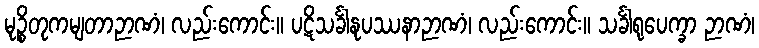
မုဉ္စိတုကမျတာဉာဏံ၊ လည်းကောင်း။ ပဋိသင်္ခါနုပဿနာဉာဏံ၊ လည်းကောင်း။ သင်္ခါရုပေက္ခာ ဉာဏံ၊